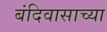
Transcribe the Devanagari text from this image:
बंदिवासाच्या